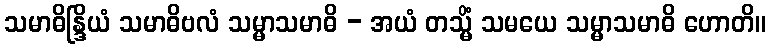
သမာဓိန္ဒြိယံ သမာဓိဗလံ သမ္မာသမာဓိ - အယံ တသ္မိံ သမယေ သမ္မာသမာဓိ ဟောတိ။